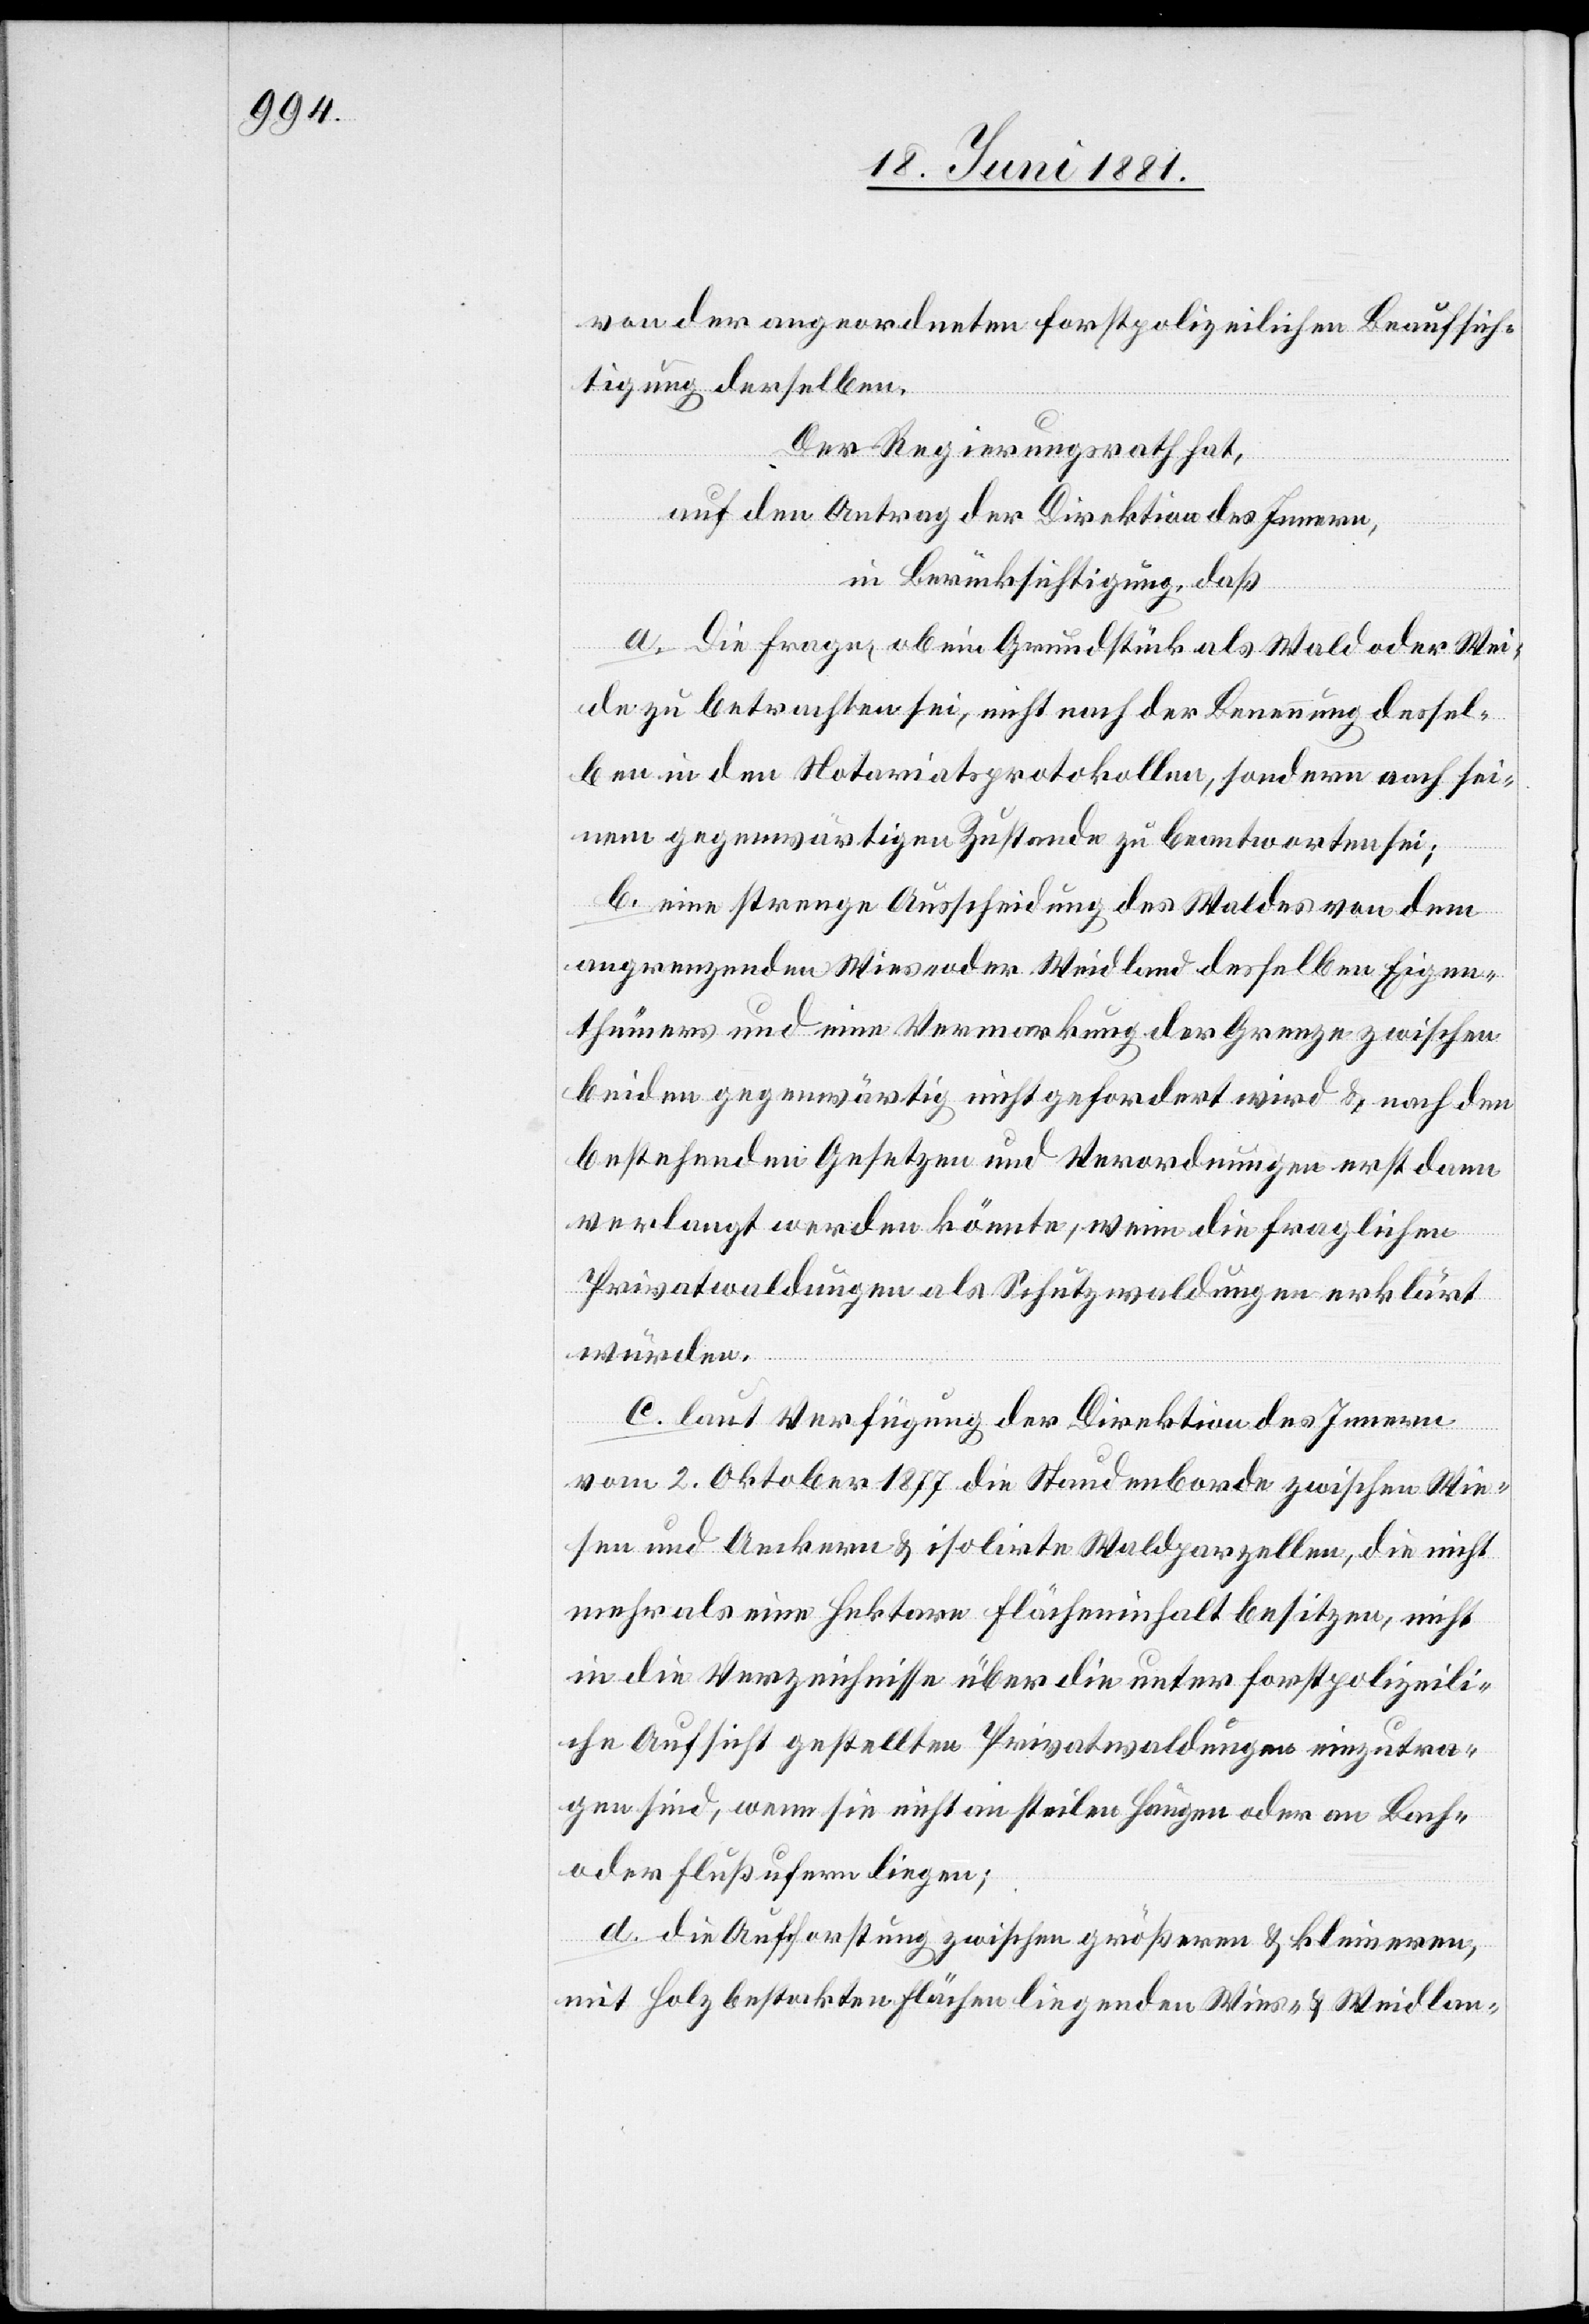
von der angeordneten forstpolizeilichen Beaufsich¬
tigung derselben.
Der Regierungsrath hat,
auf den Antrag der Direktion des Innern,
in Berücksichtigung, daß
a. Die Frage, ob ein Grundstück als Wald oder Wei¬
de zu betrachten sei, nicht nach der Benutzung dessel¬
ben in den Notariatsprotokollen, sondern nach sei¬
nem gegenwärtigen Zustande zu beantworten sei;
b. eine strenge Ausscheidung des Waldes von dem
angrenzenden Wies- oder Weidland desselben Eigen¬
thümers und eine Vermarkung der Grenze zwischen
beiden gegenwärtig nicht gefordert wird & nach den
bestehenden Gesetzen und Verordnungen erst dann
verlangt werden könnte, wenn die fraglichen
Privatwaldungen als Schutzwaldungen erklärt
würden.
c. laut Verfügung der Direktion des Innern
vom 2. Oktober 1877 die Staudenborde zwischen Wie¬
sen und Aeckern & isolirte Waldparzellen, die nicht
mehr als eine Hektare Flächeninhalt besitzen, nicht
in die Verzeichnisse über die unter forstpolizeili¬
che Aufsicht gestellten Privatwaldungen einzutra¬
gen sind, wenn sie nicht am steilen Hängen oder an Bach-
oder Flußufern liegen;
d. die Aufforstung zwischen größern & kleineren,
mit Holz besteckten Flächen liegenden Wies- & Weidlan-